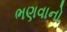
ભણવાનો